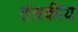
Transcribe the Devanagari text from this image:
तंत्रकीय